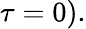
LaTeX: \tau=0).